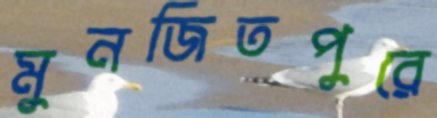
মুনজিতপুরে